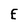
Character: E